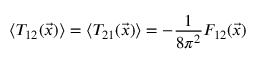
\left\langle T _ { 1 2 } ( \vec { x } ) \right\rangle = \left\langle T _ { 2 1 } ( \vec { x } ) \right\rangle = - \frac { 1 } { 8 \pi ^ { 2 } } F _ { 1 2 } ( \vec { x } )